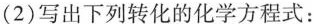
(2)写出下列转化的化学方程式：